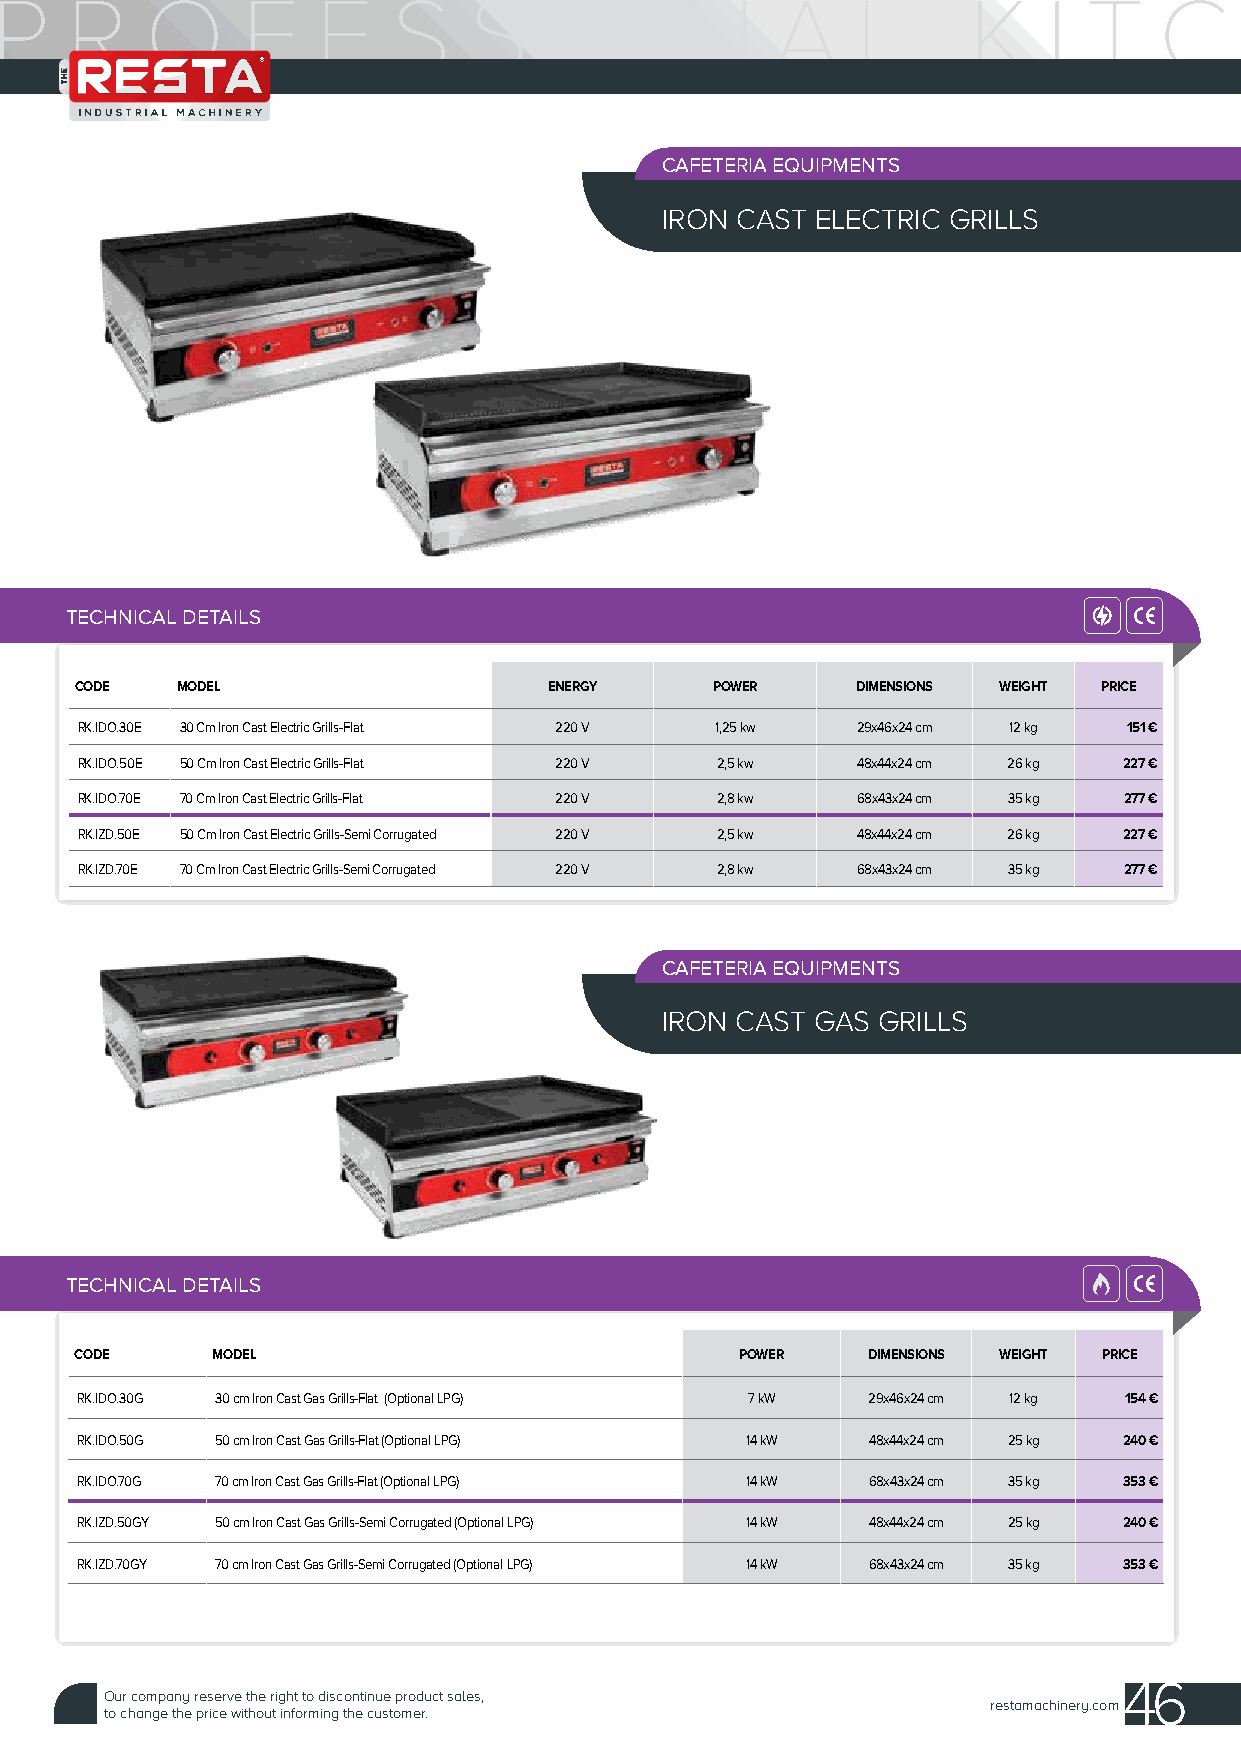
CAFETERIA EQUIPMENTS
 IRON CAST ELECTRIC GRILLS
 TECHNICAL DETAILS
 CODE   MODEL                   ENERGY     POWER     DIMENSIONS WEIGHT PRICE
 RK.IDO.30E 30 Cm Iron Cast Electric Grills-Flat 220 V 1,25 kw 29x46x24 cm 12 kg 151 €
 RK.IDO.50E 50 Cm Iron Cast Electric Grills-Flat 220 V 2,5 kw 48x44x24 cm 26 kg 227 €
 RK.IDO.70E 70 Cm Iron Cast Electric Grills-Flat 220 V 2,8 kw 68x43x24 cm 35 kg 277 €
 RK.IZD.50E 50 Cm Iron Cast Electric Grills-Semi Corrugated 220 V 2,5 kw 48x44x24 cm 26 kg 227 €
 RK.IZD.70E 70 Cm Iron Cast Electric Grills-Semi Corrugated 220 V 2,8 kw 68x43x24 cm 35 kg 277 €
 CAFETERIA EQUIPMENTS
 IRON CAST GAS GRILLS
 TECHNICAL DETAILS
 CODE     MODEL                              POWER   DIMENSIONS WEIGHT PRICE
 RK.IDO.30G 30 cm Iron Cast Gas Grills-Flat (Optional LPG) 7 kW 29x46x24 cm 12 kg 154 €
 RK.IDO.50G 50 cm Iron Cast Gas Grills-Flat (Optional LPG) 14 kW 48x44x24 cm 25 kg 240 €
 RK.IDO.70G 70 cm Iron Cast Gas Grills-Flat (Optional LPG) 14 kW 68x43x24 cm 35 kg 353 €
 RK.IZD.50GY 50 cm Iron Cast Gas Grills-Semi Corrugated (Optional LPG) 14 kW 48x44x24 cm 25 kg 240 €
 RK.IZD.70GY 70 cm Iron Cast Gas Grills-Semi Corrugated (Optional LPG) 14 kW 68x43x24 cm 35 kg 353 €
 46
 Our company reserve the right to discontinue product sales,
 restamachinery.com
 to change the price without informing the customer.